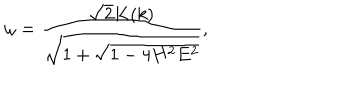
\omega = \frac { \sqrt { 2 } K ( k ) } { \sqrt { 1 + \sqrt { 1 - 4 H ^ { 2 } E ^ { 2 } } } } ,